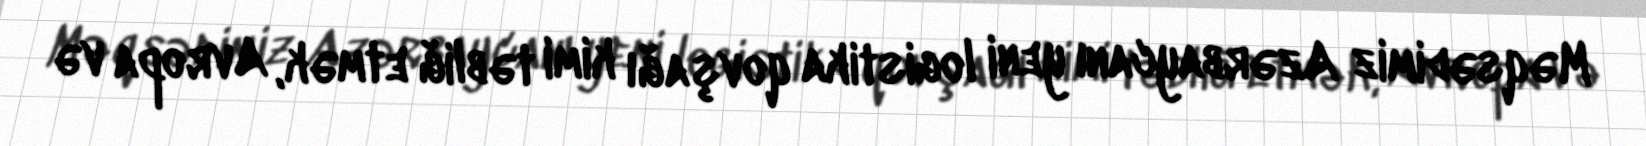
Məqsədimiz Azərbaycanı yeni logistika qovşağı kimi təbliğ etmək, Avropa və